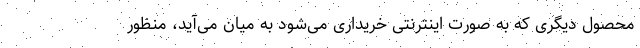
محصول دیگری که به صورت اینترنتی خریداری می‌شود به میان می‌آید، منظور